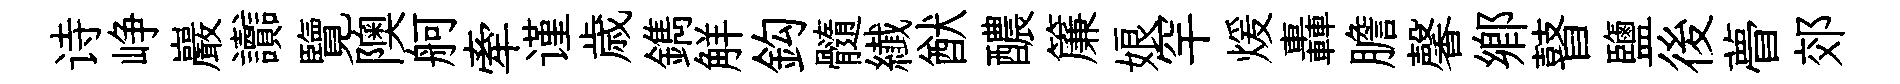
诗峥巖讟覽隩舸牽谨歳鐫觧鈎髓纎猷醲簾娘罕煖轟膽馨鄉瞽鹽後瞢郊